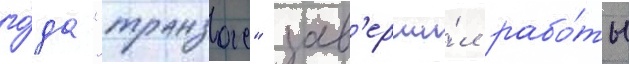
го́да "транзас" зав'ерши́л рабо́ты